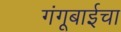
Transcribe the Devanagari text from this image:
गंगूबाईचा